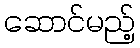
ဆောင်မည့်